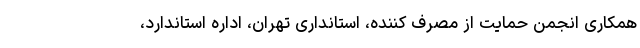
همکاری انجمن حمایت از مصرف کننده، استانداری تهران، اداره استاندارد،